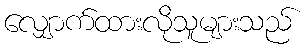
လျှောက်ထားလိုသူများသည်